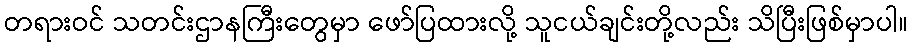
တရားဝင် သတင်းဌာနကြီးတွေမှာ ဖော်ပြထားလို့ သူငယ်ချင်းတို့လည်း သိပြီးဖြစ်မှာပါ။